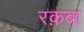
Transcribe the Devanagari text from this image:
रक़बा